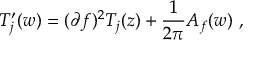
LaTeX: T _ { j } ^ { \prime } ( w ) = ( \partial f ) ^ { 2 } T _ { j } ( z ) + { \frac { 1 } { 2 \pi } } A _ { f } ( w ) ~ ,